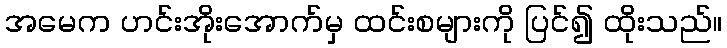
အမေက ဟင်းအိုးအောက်မှ ထင်းစများကို ပြင်၍ ထိုးသည်။